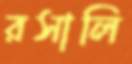
রসালি